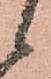
候